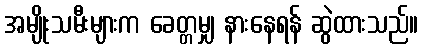
အမျိုးသမီးများက ခေတ္တမျှ နားနေရန် ဆွဲထားသည်။